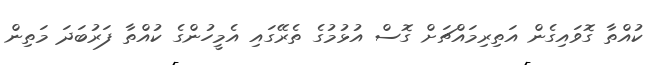
ކުއްތާ ގޮވައިގެން އަތިރިމައްޗަށް ގޮސް އުޅުމުގެ ތެރޭގައި އެމީހުންގެ ކުއްތާ ފަރުބަދަ މަތިން